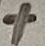
Text: +